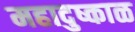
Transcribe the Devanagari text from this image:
महादुष्काळ